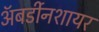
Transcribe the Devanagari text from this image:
अॅबर्डीनशायर